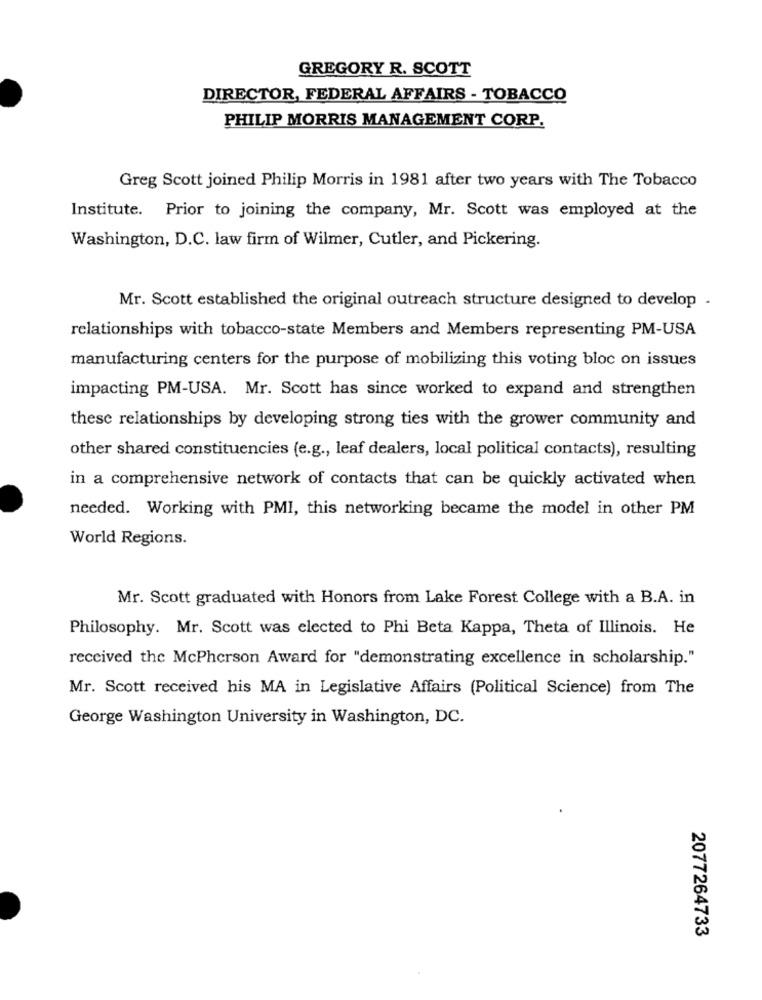
GREGORY R. SCOTT
DIRECTOR, FEDERAL AFFAIRS - TOBACCO
PHILIP MORRIS MANAGEMENT CORP.
Greg Scott joined Philip Morris in 1981 after two years with The Tobacco
Institute. Prior to joining the company, Mr. Scott was employed at the
Washington, D.C. law firm of Wilmer, Cutler, and Pickering.
Mr. Scott established the original outreach structure designed to develop .
relationships with tobacco-state Members and Members representing PM-USA
manufacturing centers for the purpose of mobilizing this voting bloc on issues
impacting PM-USA. Mr. Scott has since worked to expand and strengthen
these relationships by developing strong ties with the grower community and
other shared constituencies (e.g ., leaf dealers, local political contacts), resulting
in a comprehensive network of contacts that can be quickly activated when
needed. Working with PMI, this networking became the model in other PM
World Regions.
Mr. Scott graduated with Honors from Lake Forest College with a B.A. in
Philosophy. Mr. Scott was elected to Phi Beta Kappa, Theta of Illinois. He
received the McPherson Award for "demonstrating excellence in scholarship."
Mr. Scott received his MA in Legislative Affairs (Political Science) from The
George Washington University in Washington, DC.
2077264733